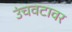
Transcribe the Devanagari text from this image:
उंचवटावर